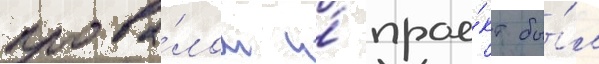
прова́лом и́ прое́кт бы́л